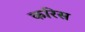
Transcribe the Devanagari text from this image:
करिस